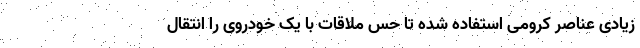
زیادی عناصر کرومی استفاده شده تا حس ملاقات با یک خودروی را انتقال